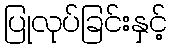
ပြုလုပ်ခြင်းနှင့်